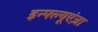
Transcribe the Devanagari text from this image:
इन्फ्ल्यूएंज़ा